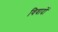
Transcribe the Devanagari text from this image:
विवादों